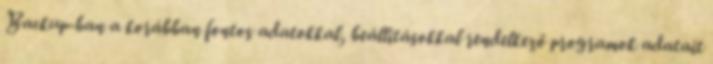
Backup-ban a korábban fontos adatokkal, beállításokkal rendelkező programok adatait